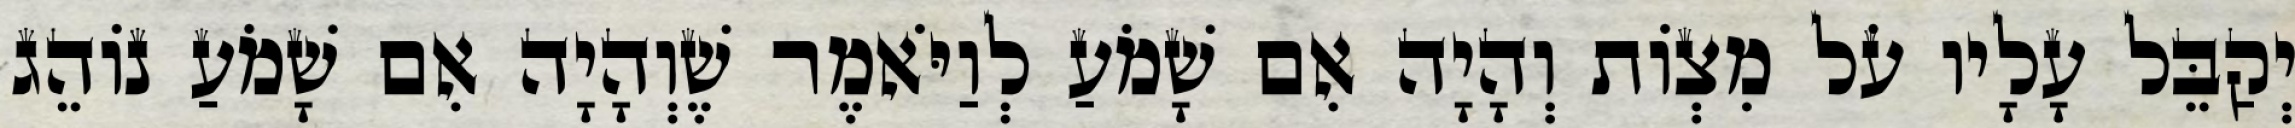
יְקַבֵּל עָלָיו עֹל מִצְוֹת וְהָיָה אִם שָׁמֹעַ לְוַיֹּאמֶר שֶׁוְהָיָה אִם שָׁמֹעַ נוֹהֵג